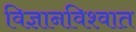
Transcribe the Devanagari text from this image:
विज्ञानविश्वात